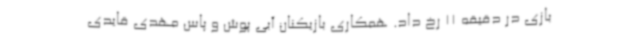
بازی در دقیقه 11 رخ داد. همکاری بازیکنان آبی پوش و پاس مهدی قایدی